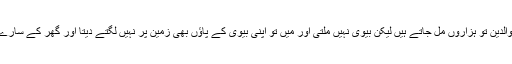
اس کا کہنا ہے کہ والدین تو ہزاروں مل جاتے ہیں لیکن بیوی نہیں ملتی اور میں تو اپنی بیوی کے پاﺅں بھی زمین پر نہیں لگتے دیتا اور گھر کے سارے کام خود کرتا ہوں۔